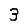
Digit: 3